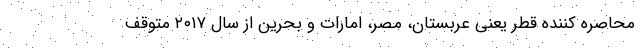
محاصره کننده قطر یعنی عربستان، مصر، امارات و بحرین از سال ۲۰۱۷ متوقف